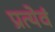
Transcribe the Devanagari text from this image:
प्रत्येवं